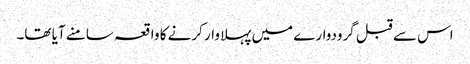
اس سے قبل گرودوارے میں پہلا وار کرنے کا واقعہ سامنے آیا تھا۔